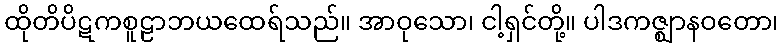
ထိုတိပိဋကစူဠာဘယထေရ်သည်။ အာဝုသော၊ ငါ့ရှင်တို့။ ပါဒကဇ္ဈာနဝတော၊